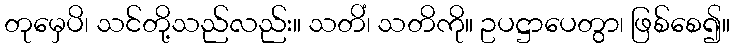
တုမှေပိ၊ သင်တို့သည်လည်း။ သတိံ၊ သတိကို။ ဥပဋ္ဌာပေတွာ၊ ဖြစ်စေ၍။